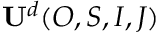
\mathbf { U } ^ { d } ( O , S , I , J )